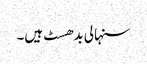
سنہالی بدھسٹ ہیں۔